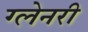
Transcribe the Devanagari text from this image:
ग्‍लेनरी